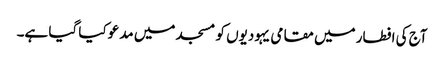
آج کی افطار میں مقامی یہودیوں کو مسجد میں مدعو کیا گیا ہے۔